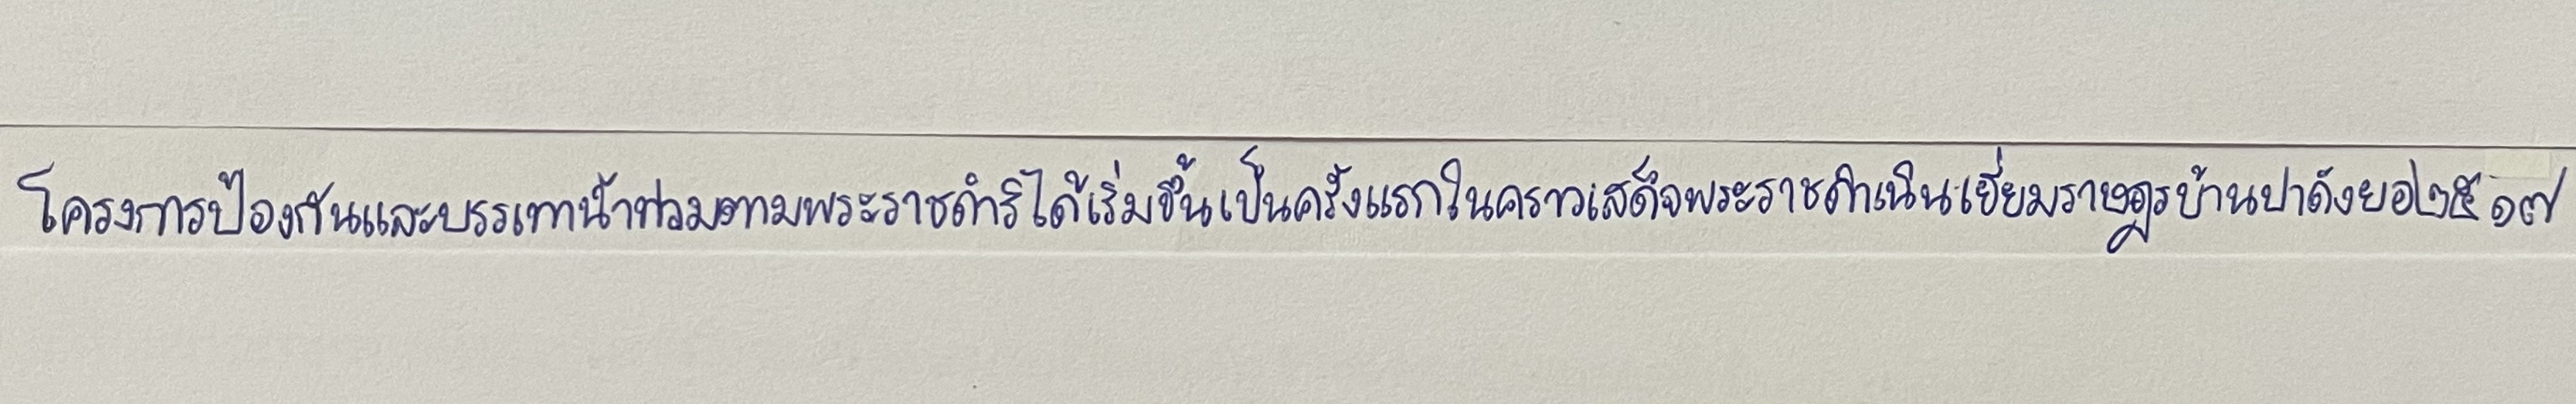
โครงการป้องกันและบรรเทาน้ำท่วมตามพระราชดำริได้เริ่มขึ้นเป็นครั้งแรกในคราวเสด็จพระราชดำเนินเยี่ยมราษฎรบ้านปาดังยอ๒๕๑๗